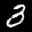
Label: 3